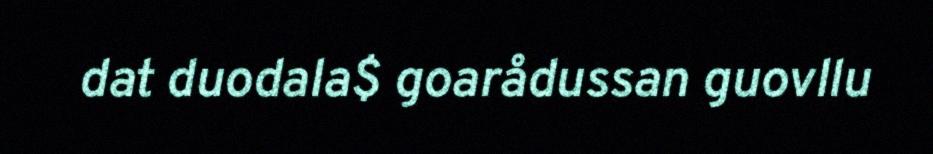
dat duodala$ goarådussan guovllu